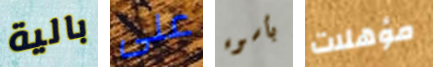
بالية على بأسوء مؤهلات